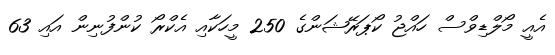
އެއީ މޯލްޑިވްސް ހައްޖު ކޯޕަރޭޝަންގެ 250 މީހަކާއި އެކްރޯ ކުންފުނިން އައި 63